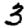
Digit: 3